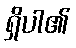
ရှိပါ၏